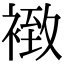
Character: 𧛢